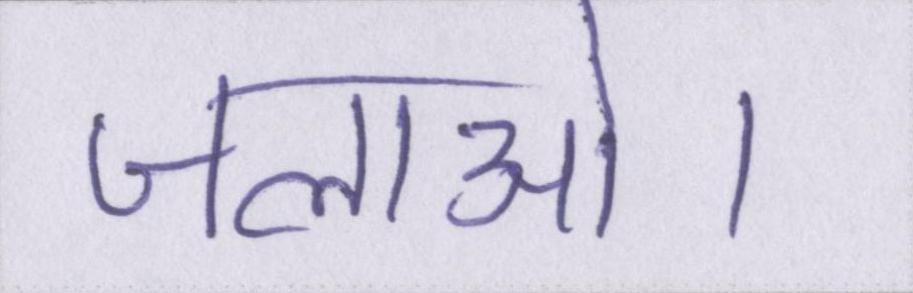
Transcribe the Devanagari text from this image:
जलाओ।